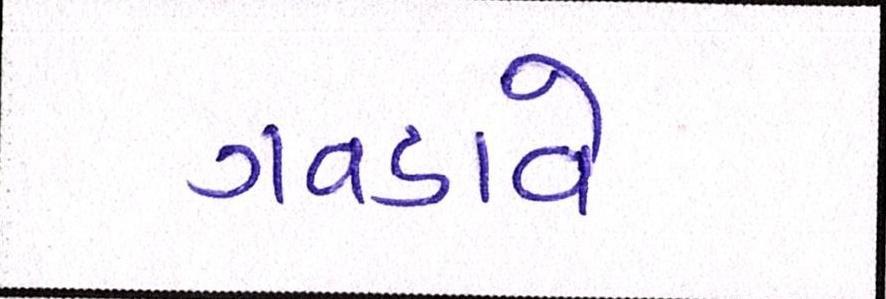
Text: ગવડાવે